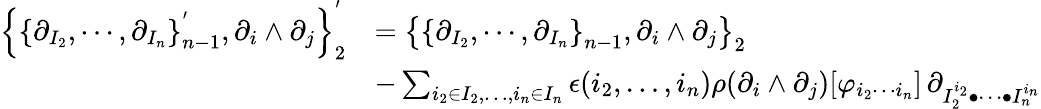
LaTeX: \begin{array}{rl}{\left\lbrace\left\lbrace\partial_{I_{2}},\cdots,\partial_{I_{n}}\right\rbrace_{n-1}^{'},\partial_{i}\wedge\partial_{j}\right\rbrace_{2}^{'}}&{=\left\lbrace\left\lbrace\partial_{I_{2}},\cdots,\partial_{I_{n}}\right\rbrace_{n-1},\partial_{i}\wedge\partial_{j}\right\rbrace_{2}}\\ &{-\sum_{i_{2}\in I_{2},\ldots,i_{n}\in I_{n}}\epsilon(i_{2},\ldots,i_{n})\rho(\partial_{i}\wedge\partial_{j})[\varphi_{i_{2}\cdots i_{n}}]\, \partial_{I_{2}^{i_{2}}\bullet\cdots\bullet I_{n}^{i_{n}}}}\end{array}